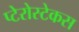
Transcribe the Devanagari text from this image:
प्टेरोस्टेकस